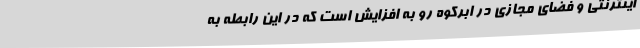
اینترنتی و فضای مجازی در ابرکوه رو به افزایش است که در این رابطه به